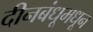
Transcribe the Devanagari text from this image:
दीनबंधूमधून